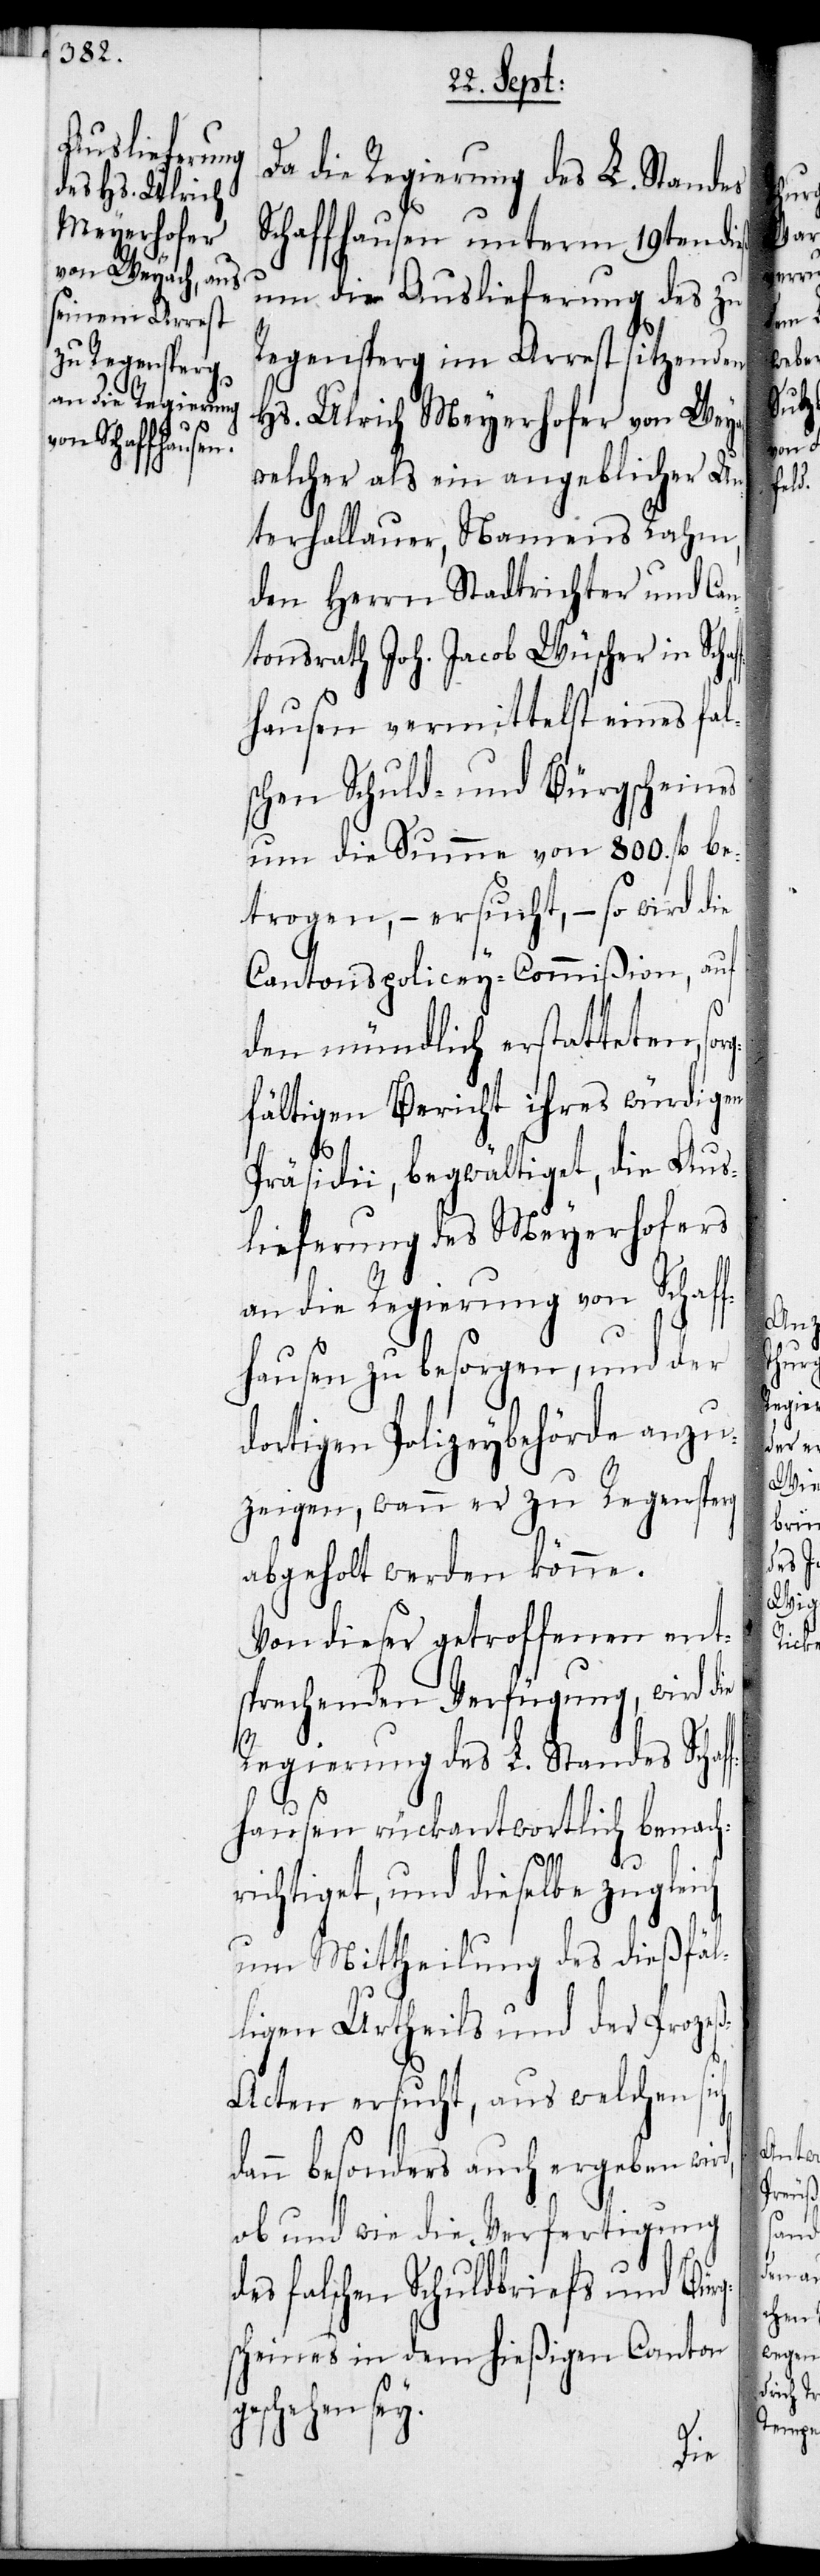
Da die Regierung des L. Standes
Schaffhausen unterm 19ten dieß
um die Auslieferung des zu
Regensperg im Arrest sitzenden
Hs. Ulrich Meyerhofer von Wey¬
welcher als ein angeblicher Un¬
terhallauer, Namens Rahm,
den Herrn Stadtrichter und Can¬
tonsrath Joh. Jacob Wüscher in Scha¬
hausen vermittelst eines fal¬
schen Schuld- und Bürgscheins
um die Summe von 800. fl. be¬
trogen, – ersucht, – so wird die
Cantonspolicey-Commißion, auf
den mündlich erstatteten, sor¬
gfältigen Bericht ihres würdigen
Präsidii, begwältiget, die Aus¬
lieferung des Meyerhofers
an die Regierung von Schaf¬
fhausen zu besorgen, und der
dortigen Polizeybehörde anzu¬
zeigen, wann er zu Regensperg
abgeholt werden könne.
Von dieser getroffenen ent¬
sprechenden Verfügung, wird die
Regierung des L. Standes Schaf¬
f¬
hausen rückantwortlich benach¬
richtiget, und dieselbe zugleich
um Mittheilung des dießfäl¬
ligen Urtheils und der Proze¬
ß-Acten ersucht, aus welchen sich
dann besonders auch ergeben wird,
ob und wie die Verfertigung
des falschen Schuldbriefs und Bürg¬
scheines in dem hießigen Canton
schehen sey.

ge¬

ach,

ff¬